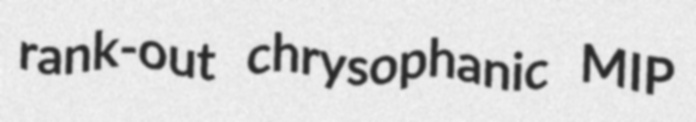
rank-out chrysophanic MIP